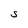
Character: S